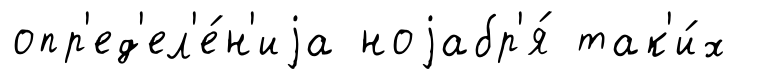
опр'ед'ел'е́н'иjа ноjабр'я́ так'и́х